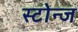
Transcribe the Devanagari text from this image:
स्टोन्ज